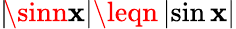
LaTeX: |\! \sinn\mathbf{x}|\leqn\, |\! \sin\mathbf{x}|